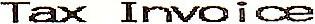
TAX INVOICE